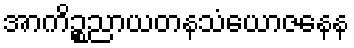
အာကိဉ္စညာယတနသံယောဇနေန